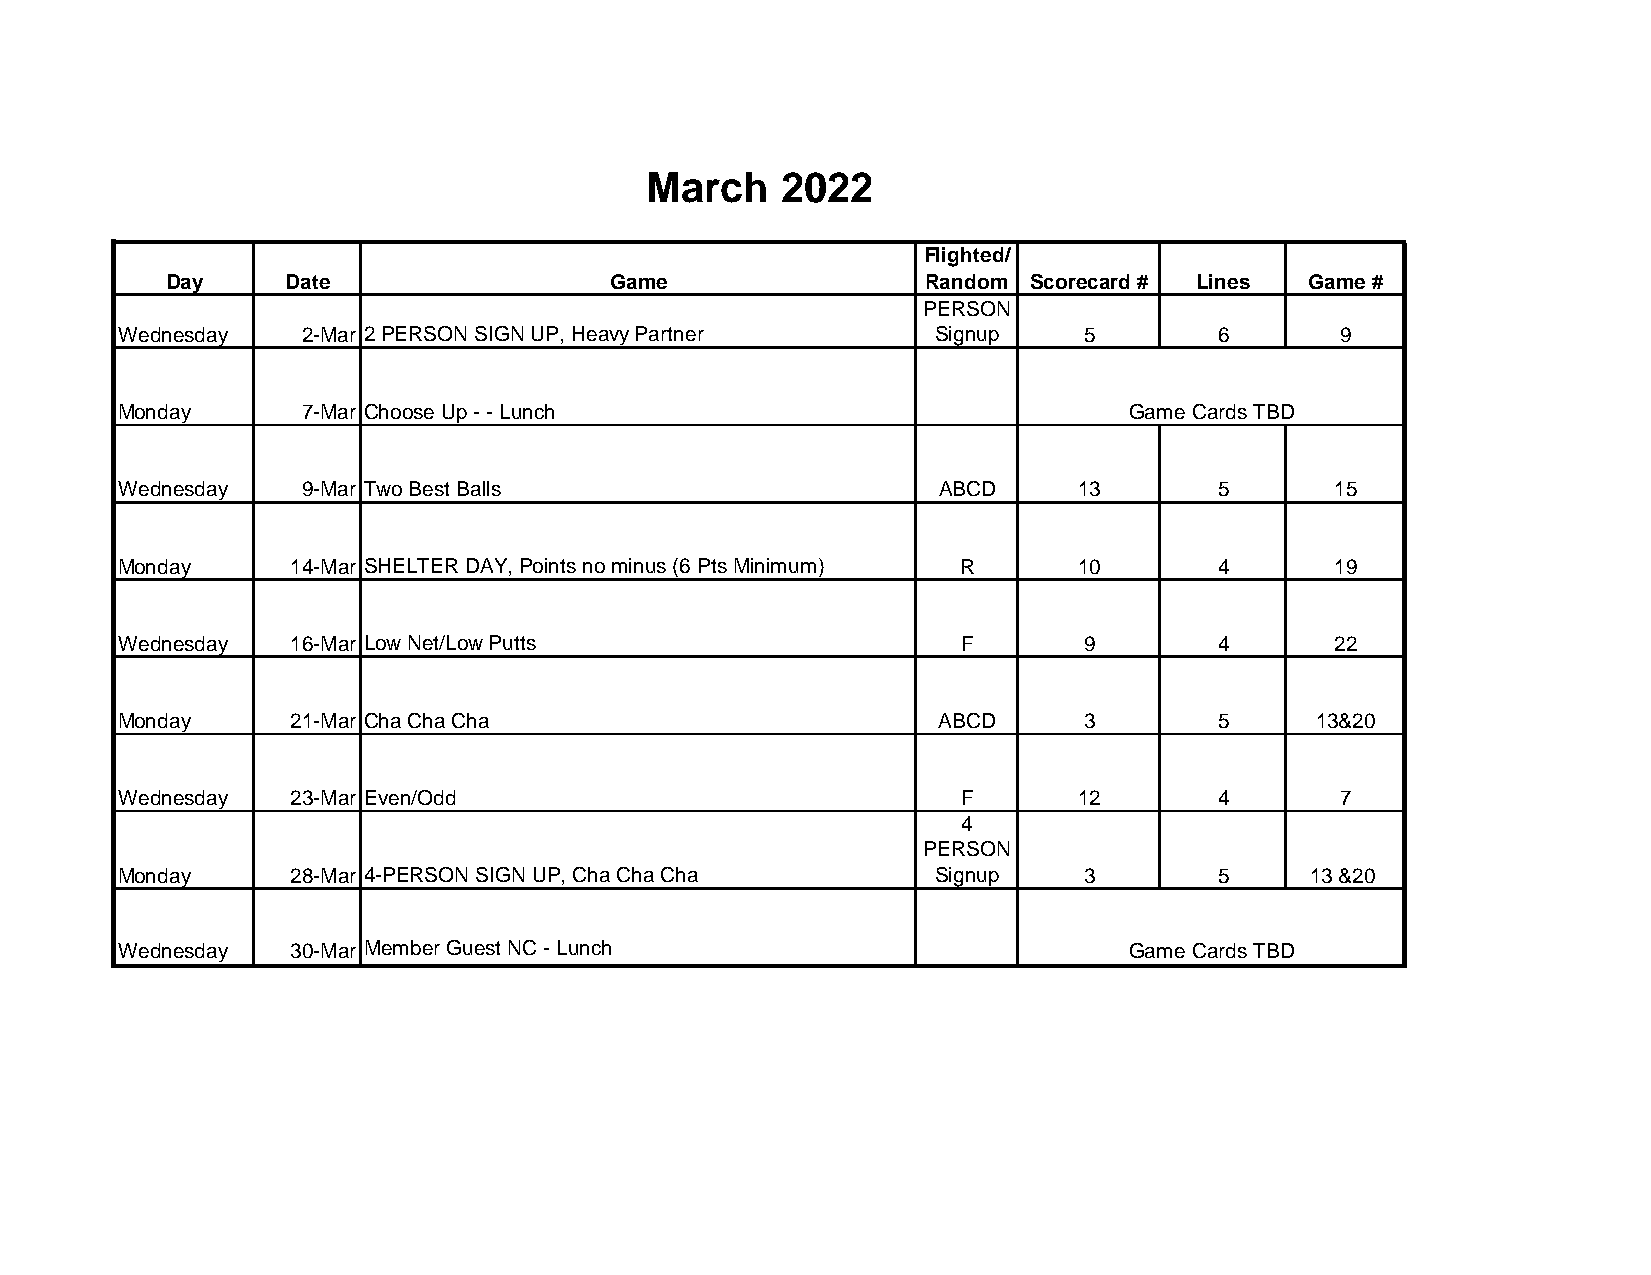
March    2022
 Flighted/
 Day     Date                 Game                 Ran2d om Scorecard # Lines Game #
 PERSON
 Wednesday   2-Mar 2 PERSON SIGN UP, Heavy Partner     Signup    5        6       9
 Monday      7-Mar Choose Up - - Lunch                              Game Cards TBD
 Wednesday   9-Mar Two Best Balls                      ABCD     13        5      15
 Monday     14-Mar SHELTER DAY, Points no minus (6 Pts Minimum) R 10      4      19
 Wednesday  16-Mar Low Net/Low Putts                     F       9        4      22
 Monday     21-Mar Cha Cha Cha                         ABCD      3        5     13&20
 Wednesday  23-Mar Even/Odd                              F      12        4       7
 4
 PERSON
 Monday     28-Mar 4-PERSON SIGN UP, Cha Cha Cha       Signup    3        5     13 &20
 Wednesday  30-Mar Member Guest NC - Lunch                          Game Cards TBD